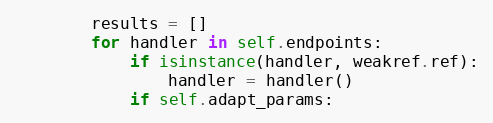
Language: Python
        results = []
        for handler in self.endpoints:
            if isinstance(handler, weakref.ref):
                handler = handler()
            if self.adapt_params: